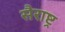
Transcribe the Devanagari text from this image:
सैराष्ट्र